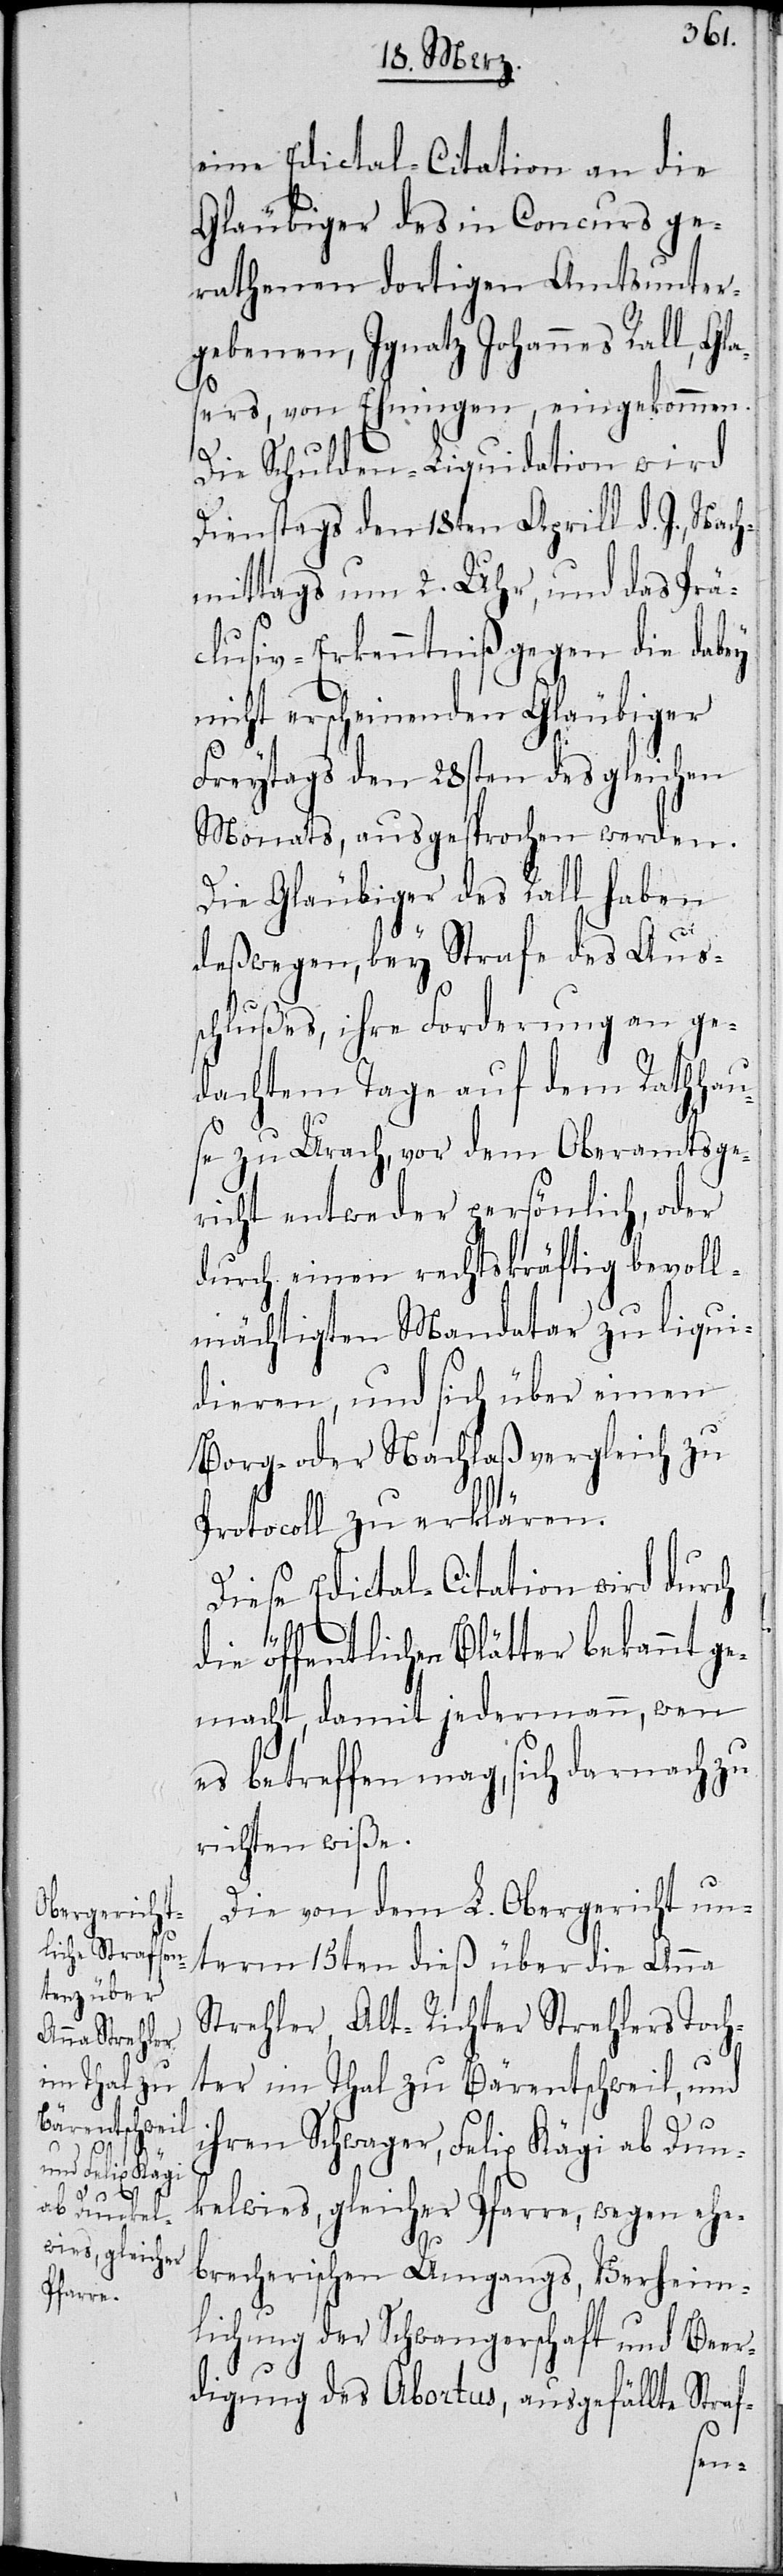
eine Edictal-Citation an die
Gläubiger des in Concurs ge¬
rathenen dortigen Amtsunter¬
gebenen, Ignatz Johannes Rall, Gl¬
asers, von Ehningen, eingekommen.
Die Schulden-Liquidation wird
Dienstags den 18ten Aprill d. J., Nach¬
mittags um 2. Uhr, und das Prä¬
clusiv-Erkenntniß gegen die dabey
nicht erscheinenden Gläubiger
Freytags des 28sten des gleichen
Monats, ausgesprochen werden.
Die Gläubiger des Rall haben
deßwegen, bey Strafe des Aus¬
schlußes, ihre Forderung an ge¬
dachtem Tage auf dem Rathhau¬
se zu Urach, vor dem Oberamtsge¬
richt entweder persönlich, oder
durch einen rechtskräftig bevoll¬
mächtigten Mandatar zu liqui¬
dieren, und sich über einen
Borg- oder Nachlaßvergleich zu
Protocoll zu erklären.
Diese Edictal-Citation wird durch
die öffentlichen Blätter bekannt ge¬
macht, damit jedermann, wen
es betreffen mag, sich darnach zu
richten wiße.
Die von dem L. Obergericht un¬
term 15ten dieß über die Anna
Strehler, Alt-Richter Strehlers Toch¬
ter imThal zu Bärentschweil, und
ihren Schwager, Felix Kägi ab Dun¬
kelwies, gleicher Pfarre, wegen ehe¬
brecherischen Umgangs, Verheim¬
lichung der Schwangerschaft und Beer¬
digung des Abortus, ausgefällte Straf-